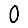
Digit: 0